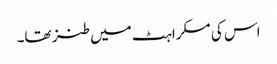
اس کی مسکراہٹ میں طنز تھا۔